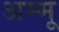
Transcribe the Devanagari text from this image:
अम्मू